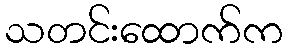
သတင်းထောက်က